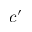
c ^ { \prime }